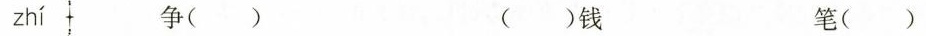
zhí 争( ) ( )钱 笔( )